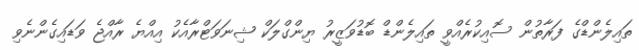
ތައިލެންޑްގެ ފަރާތުން ސޮއިކުރެއްވީ ތައިލެންޑް ބޮޑުވަޒީރު ޔިންގްލަކް ޝިނަވަޓްރާއެކު އިއްޔެ ރާއްޖެ ވަޑައިގެންނެވި